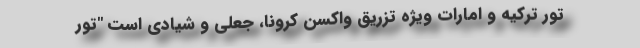
تور ترکیه و امارات ویژه تزریق واکسن کروناٍٍ، جعلی و شیادی است "تور